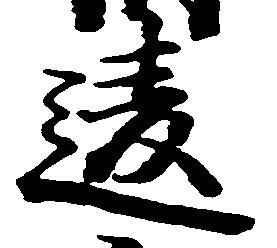
違